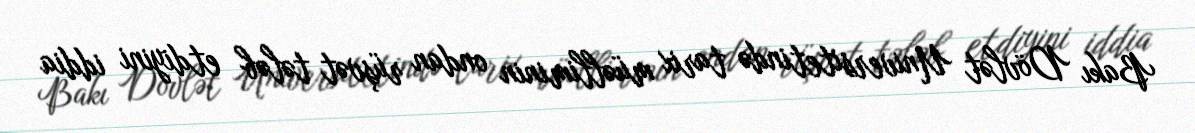
Bakı Dövlət Universitetində tarix müəlliminin ondan rüşvət tələb etdiyini iddia